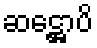
ဆဋ္ဌောပိ